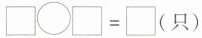
\Box \bigcirc \Box =\Box （只）